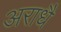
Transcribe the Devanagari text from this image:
अराधै